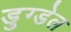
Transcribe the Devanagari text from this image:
डुग्डेल